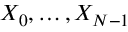
X _ { 0 } , \ldots , X _ { N - 1 }